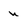
Character: n